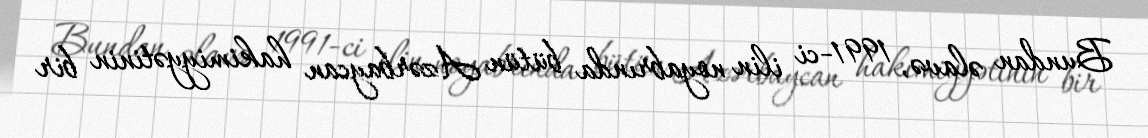
Bundan əlavə, 1991-ci ilin noyabrında bütün Azərbaycan hakimiyyətinin bir